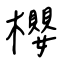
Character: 櫻